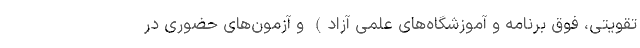
تقویتی، فوق برنامه و آموزشگاه‌های علمی آزاد) و آزمون‌های حضوری در